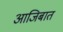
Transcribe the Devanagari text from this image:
आजिबात